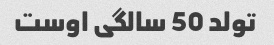
تولد 50 سالگی اوست